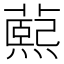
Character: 𬞭